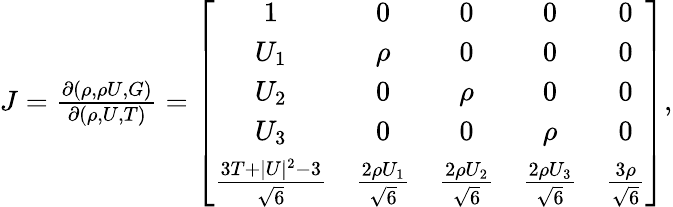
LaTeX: \begin{array}{r}{J=\frac{\partial(\rho,\rho U,G)}{\partial(\rho,U,T)}=\left[{\begin{array}{cccccc}{1}&{0}&{0}&{0}&{0}\\ {U_{1}}&{\rho}&{0}&{0}&{0}\\ {U_{2}}&{0}&{\rho}&{0}&{0}\\ {U_{3}}&{0}&{0}&{\rho}&{0}\\ {\frac{3T+|U|^{2}-3}{\sqrt{6}}}&{\frac{2\rho U_{1}}{\sqrt{6}}}&{\frac{2\rho U_{2}}{\sqrt{6}}}&{\frac{2\rho U_{3}}{\sqrt{6}}}&{\frac{3\rho}{\sqrt{6}}}\end{array}}\right],}\end{array}